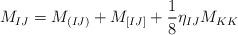
LaTeX: \begin{align*}M_{IJ} = M_{(IJ)} + M_{[IJ]} + {1\over 8} \eta_{IJ} M_{KK}\end{align*}